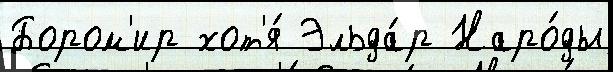
Бором'ир хот'я́ Эльда́р Наро́ды